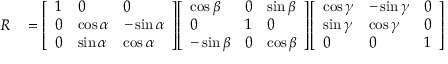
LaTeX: \begin{array} { r l } { R } & { { } = { \left[ \begin{array} { l l l } { 1 } & { 0 } & { 0 } \\ { 0 } & { \cos \alpha } & { - \sin \alpha } \\ { 0 } & { \sin \alpha } & { \cos \alpha } \end{array} \right] } { \left[ \begin{array} { l l l } { \cos \beta } & { 0 } & { \sin \beta } \\ { 0 } & { 1 } & { 0 } \\ { - \sin \beta } & { 0 } & { \cos \beta } \end{array} \right] } { \left[ \begin{array} { l l l } { \cos \gamma } & { - \sin \gamma } & { 0 } \\ { \sin \gamma } & { \cos \gamma } & { 0 } \\ { 0 } & { 0 } & { 1 } \end{array} \right] } } \end{array}